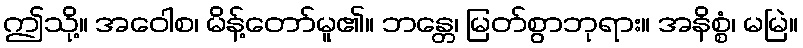
ဤသို့။ အဝေါစ၊ မိန့်တော်မူ၏။ ဘန္တေ၊ မြတ်စွာဘုရား။ အနိစ္စံ၊ မမြဲ။